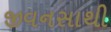
જીવનસાથી